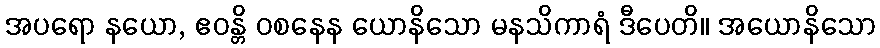
အပရော နယော, ဧဝန္တိ ဝစနေန ယောနိသော မနသိကာရံ ဒီပေတိ။ အယောနိသော